Report of the Indian Hemp Drugs Commission, 1894-1895 - Volume VII
Year: 1894
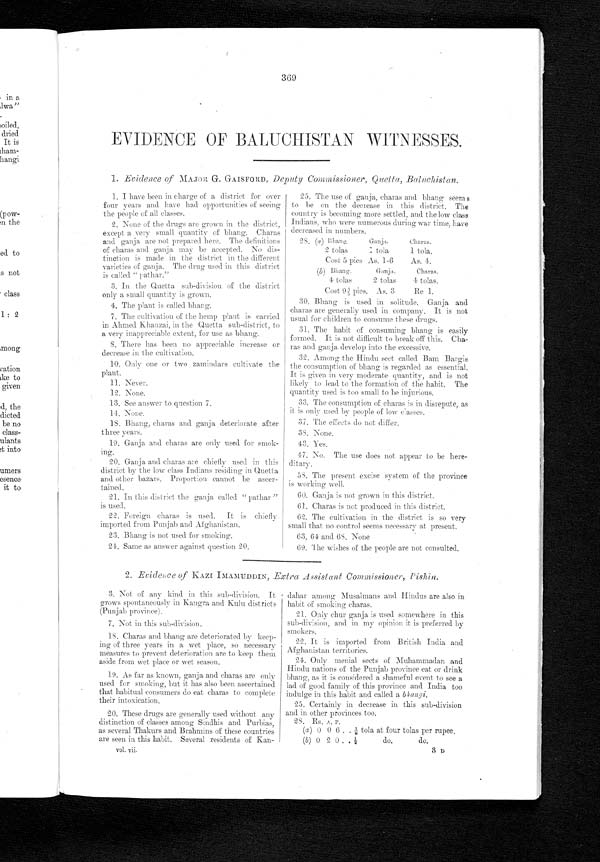
369
EVIDENCE OF BALUCHISTAN WITNESSES.
1. Evidence of MAJOR G. GAISFORD, Deputy Commissioner, Quetta, Baluchistan.
1. I have been in charge of a district for over
four years and have had opportunities of seeing
the people of all classes.
2. None of the drugs are grown in the district,
except a very small quantity of bhang. Charas
and ganja are not prepared here. The definitions
of charas and ganja may be accepted. No dis-
tinction is made in the district in the different
varieties of ganja. The drug used in this district
is called " pathar."
3. In the Quetta sub - division of the district
only a small quantity is grown.
4. The plant is called bhang.
7. The cultivation of the hemp plant is carried
in Ahmed Khanzai, in the Quetta sub-district, to
a very inappreciable extent, for use as bhang.
8. There has been no appreciable increase or
decrease in the cultivation.
10. Only one or two zamindars cultivate the
plant.
11. Never.
12. None.
13. See answer to question 7.
14. None.
18. Bhang, charas and ganja deteriorate after
three years.
19. Ganja and charas are only used for smok-
ing.
20. Ganja and charas are chiefly used in this
district by the low class Indians residing in Quetta
and other bazars. Proportion cannot be ascer-
tained.
21. In this district the ganja called "Pathar"
is used.
22. Foreign charas is used. It, is chiefly
imported from Punjab and Afghanistan.
23. Bhang is not used for smoking.
24. Same as answer against question 20.
25. The use of ganja, charas and bhang seems
to be on the decrease in this district. The
country is becoming more settled, and the low class
Indians, who were numerous during war time, have
decreased in numbers.
28 (a) Bhang.
Ganja. Charas.
2 tolas 1 tola 1 tola.
Cost 5 pies As. 1-6 As. 4.
( b) Bhang , Ganja. Charas.
4 tolas 2 tolas 4 tolas.
Cost 9 3/5p i e s . A s . 3 R e 1 .
30. Bhang is used in solitude. Ganja and
charas are generally used in company. It is not
usual for children to consume these drugs.
31. The habit of consuming bhang is easily
formed. It is not difficult to break off this. Cha-
ras and ganja develop into the excessive.
32. Among the Hindu sect called Bam Bargis
the consumption of bhang is regarded as essential.
It is given in very moderate quantity, and is not-
likely to lead to the formation of the habit. The
quantity used is too small to be injurious.
33. The consumption of charas i s in disrepute, as
it is only used by people of low classes.
37. The effects do not differ.
38. None.
43. Yes.
47. No. The use does not appear to be here-
ditary.
58. The present excise system of the province
is working well.
60. Ganja is not grown in this district.
61. Charas is not produced in this district.
62.The cultivation in the distri ct is so very
small that no control seems necessary at present.
63, 64 and 68 None
69. The wishes of the people are not consulted.
Evidence of KAZI IMAMUDDIN, Extra Assistant Commissioner, Pishin.
3. Not of any kind in this sub-division. It
grows spontaneousl y in Kangra and Kulu districts
(Punjab province).
7. Not in this sub - division.
18. Charas and bhang are deteriorated by keep-
ing of three years in a wet place, so necessary
measures to prevent deterioration are to keep them
aside from wet place or wet season.
19. As far as kn own, ganja and charas are only
used for smoking, but it has also been ascertained
that habitual consumers do eat charas to complete
their intoxication.
20. These drugs are generally used without any
distinction of classes among Sindhis and Purbias,
as several Thakurs and Brahmins of these countries
are seen in this habit. Several residents of Kan-
vol. vii.
dahar among Musalmans and Hindus are also in
habit of smoking charas.
21. Only chur ganja is used somewhere in this
sub-division, and in my opinion it is preferred by
smokers.
22. It is imported from British India and
Afghanistan territories.
24. Only menial sects of Muhammadan and
Hindu nations of the Punjab province eat or drink
bhang, as it is considered a shameful event to see a
lad of good family of this province and India too
indulge in this habit and called a bhangi.
25. Certainly in decrease in this sub-division
and in other provinces too.
28. Rs. A. P.
(a) 0 0 6 . . ⅛ tola at four tolas per rupee.
(b) 0 2 0 . .½ do. do.
D